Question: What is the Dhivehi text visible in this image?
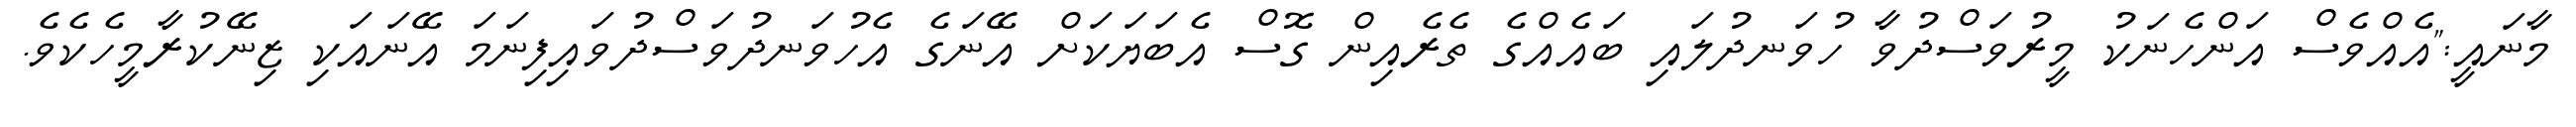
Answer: މާނައީ:"އެއްވެސް އަންހެނަކު މީރުވަސްދުވާ ހުވަނދުލައި ބައެއްގެ ތެރެއިން ގޮސް އެބަޔަކަށް އޭނަގެ އެހުވަނދުވަސްދުވައިފިނަމަ އޭނައަކި ޒިނޭކުރާމީހެކެވެ.